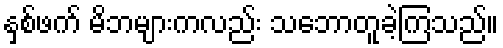
နှစ်ဖက် မိဘများကလည်း သဘောတူခဲ့ကြသည်။